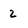
Character: 2